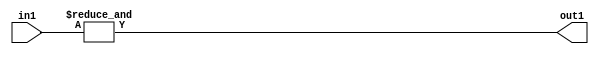
`timescale 1ps / 1ps
/*****************************************************************************
    Verilog RTL Description
    
    
    Created by: CellMath Designer 2019.1.01 
*******************************************************************************/

module sfu_out_buff_Eqi3u2_4 (
	in1,
	out1
	); /* architecture "behavioural" */ 
input [1:0] in1;
output  out1;
wire  asc001;

assign asc001 = 
	(&in1);

assign out1 = asc001;
endmodule

/* CADENCE  urf0SA0= : u9/ySgnWtBlWxVPRXgAZ4Og= ** DO NOT EDIT THIS LINE ******/